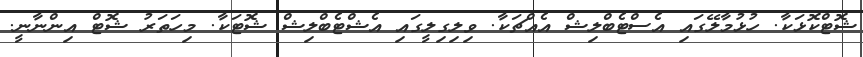
ޝޮޓްކޮޅަކާ. ހުޅުމާލޭގައި އެސްޓެބްލިޝް އެއްޗަކާ. ވިލިގިލީގައި އެޝްޓެބްލިޝް ޝޮޓަކާ. މިހަތަރު ޝޮޓް އިންނާނީ.